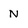
Character: N